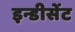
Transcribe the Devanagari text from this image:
इन्डीसेंट